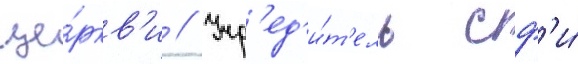
це́ркв'и // Учр'ед'и́т'ель сф'и́